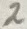
Text: 2